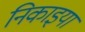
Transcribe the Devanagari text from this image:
निकाइया